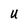
Character: U